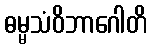
ဓမ္မသံဝိဘာဂေါတိ